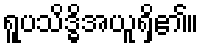
ရူပသိဒ္ဓိအယူရှိ၏။